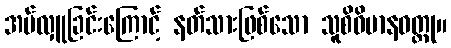
အပ်လှူခြင်းကြောင့် နတ်သားဖြစ်သော သူစိဝိမာနဝတ္ထု။